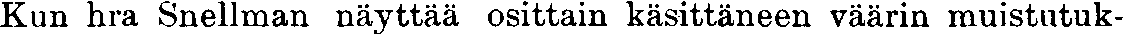
Kun hra Snellman näyttää osittain käsittäneen väärin muistutuk-